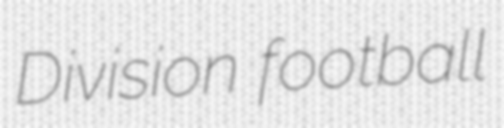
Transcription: Division football